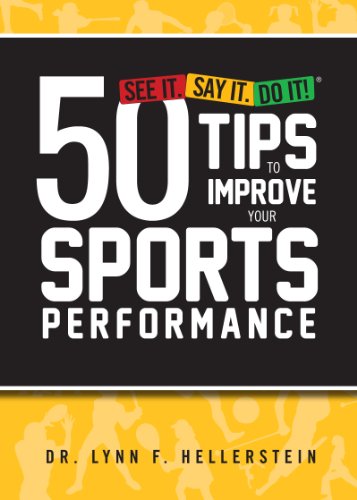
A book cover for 50 Tips to Improve Your Sports Performance; Dr. Lynn F. Hellerstein; Health, Fitness & Dieting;